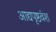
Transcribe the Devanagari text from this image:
आद्यपृष्ठवंश